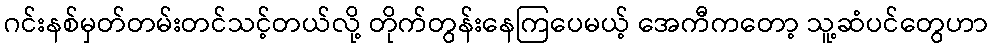
ဂင်းနစ်မှတ်တမ်းတင်သင့်တယ်လို့ တိုက်တွန်းနေကြပေမယ့် အေကီကတော့ သူ့ဆံပင်တွေဟာ